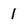
Character: 1